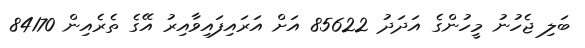
ބަލި ޖެހުނު މީހުންގެ އަދަދު 85622 އަށް އަރައިފައިވާއިރު އޭގެ ތެރެއިން 84170